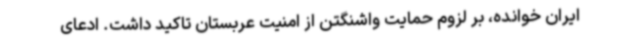
ایران خوانده، بر لزوم حمایت واشنگتن از امنیت عربستان تاکید داشت. ادعای